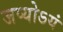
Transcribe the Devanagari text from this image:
जप्योऽयं